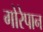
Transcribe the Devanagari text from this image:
गोरेपान